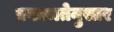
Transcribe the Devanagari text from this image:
प्रगल्भतेनुसार